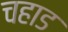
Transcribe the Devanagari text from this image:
चहाड